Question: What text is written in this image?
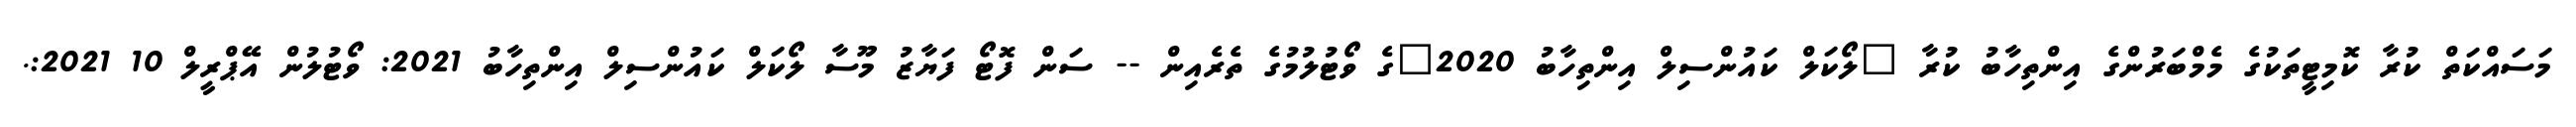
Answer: މަސައްކަތް ކުރާ ކޮމިޓީތަކުގެ މެމްބަރުންގެ އިންތިހާބު ކުރާ "ލޯކަލް ކައުންސިލް އިންތިހާބު 2020"ގެ ވޯޓުލުމުގެ ތެރެއިން -- ސަން ފޮޓޯ ފަޔާޒު މޫސާ ލޯކަލް ކައުންސިލް އިންތިހާބު 2021: ވޯޓުލުން އޭޕްރީލް 10 2021:.